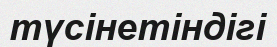
түсінетіндігі